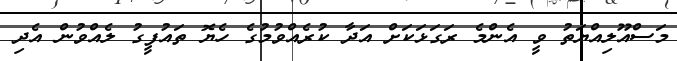
މަސްއޫލިއްޔަތު ވީ އެންމެ ރަގަޅަކަށް އަދާ ކުރެއްވުމުގެ ހެޔޮ ތައުފީގު ލެއްވުން އެދި